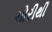
ચોરીથી